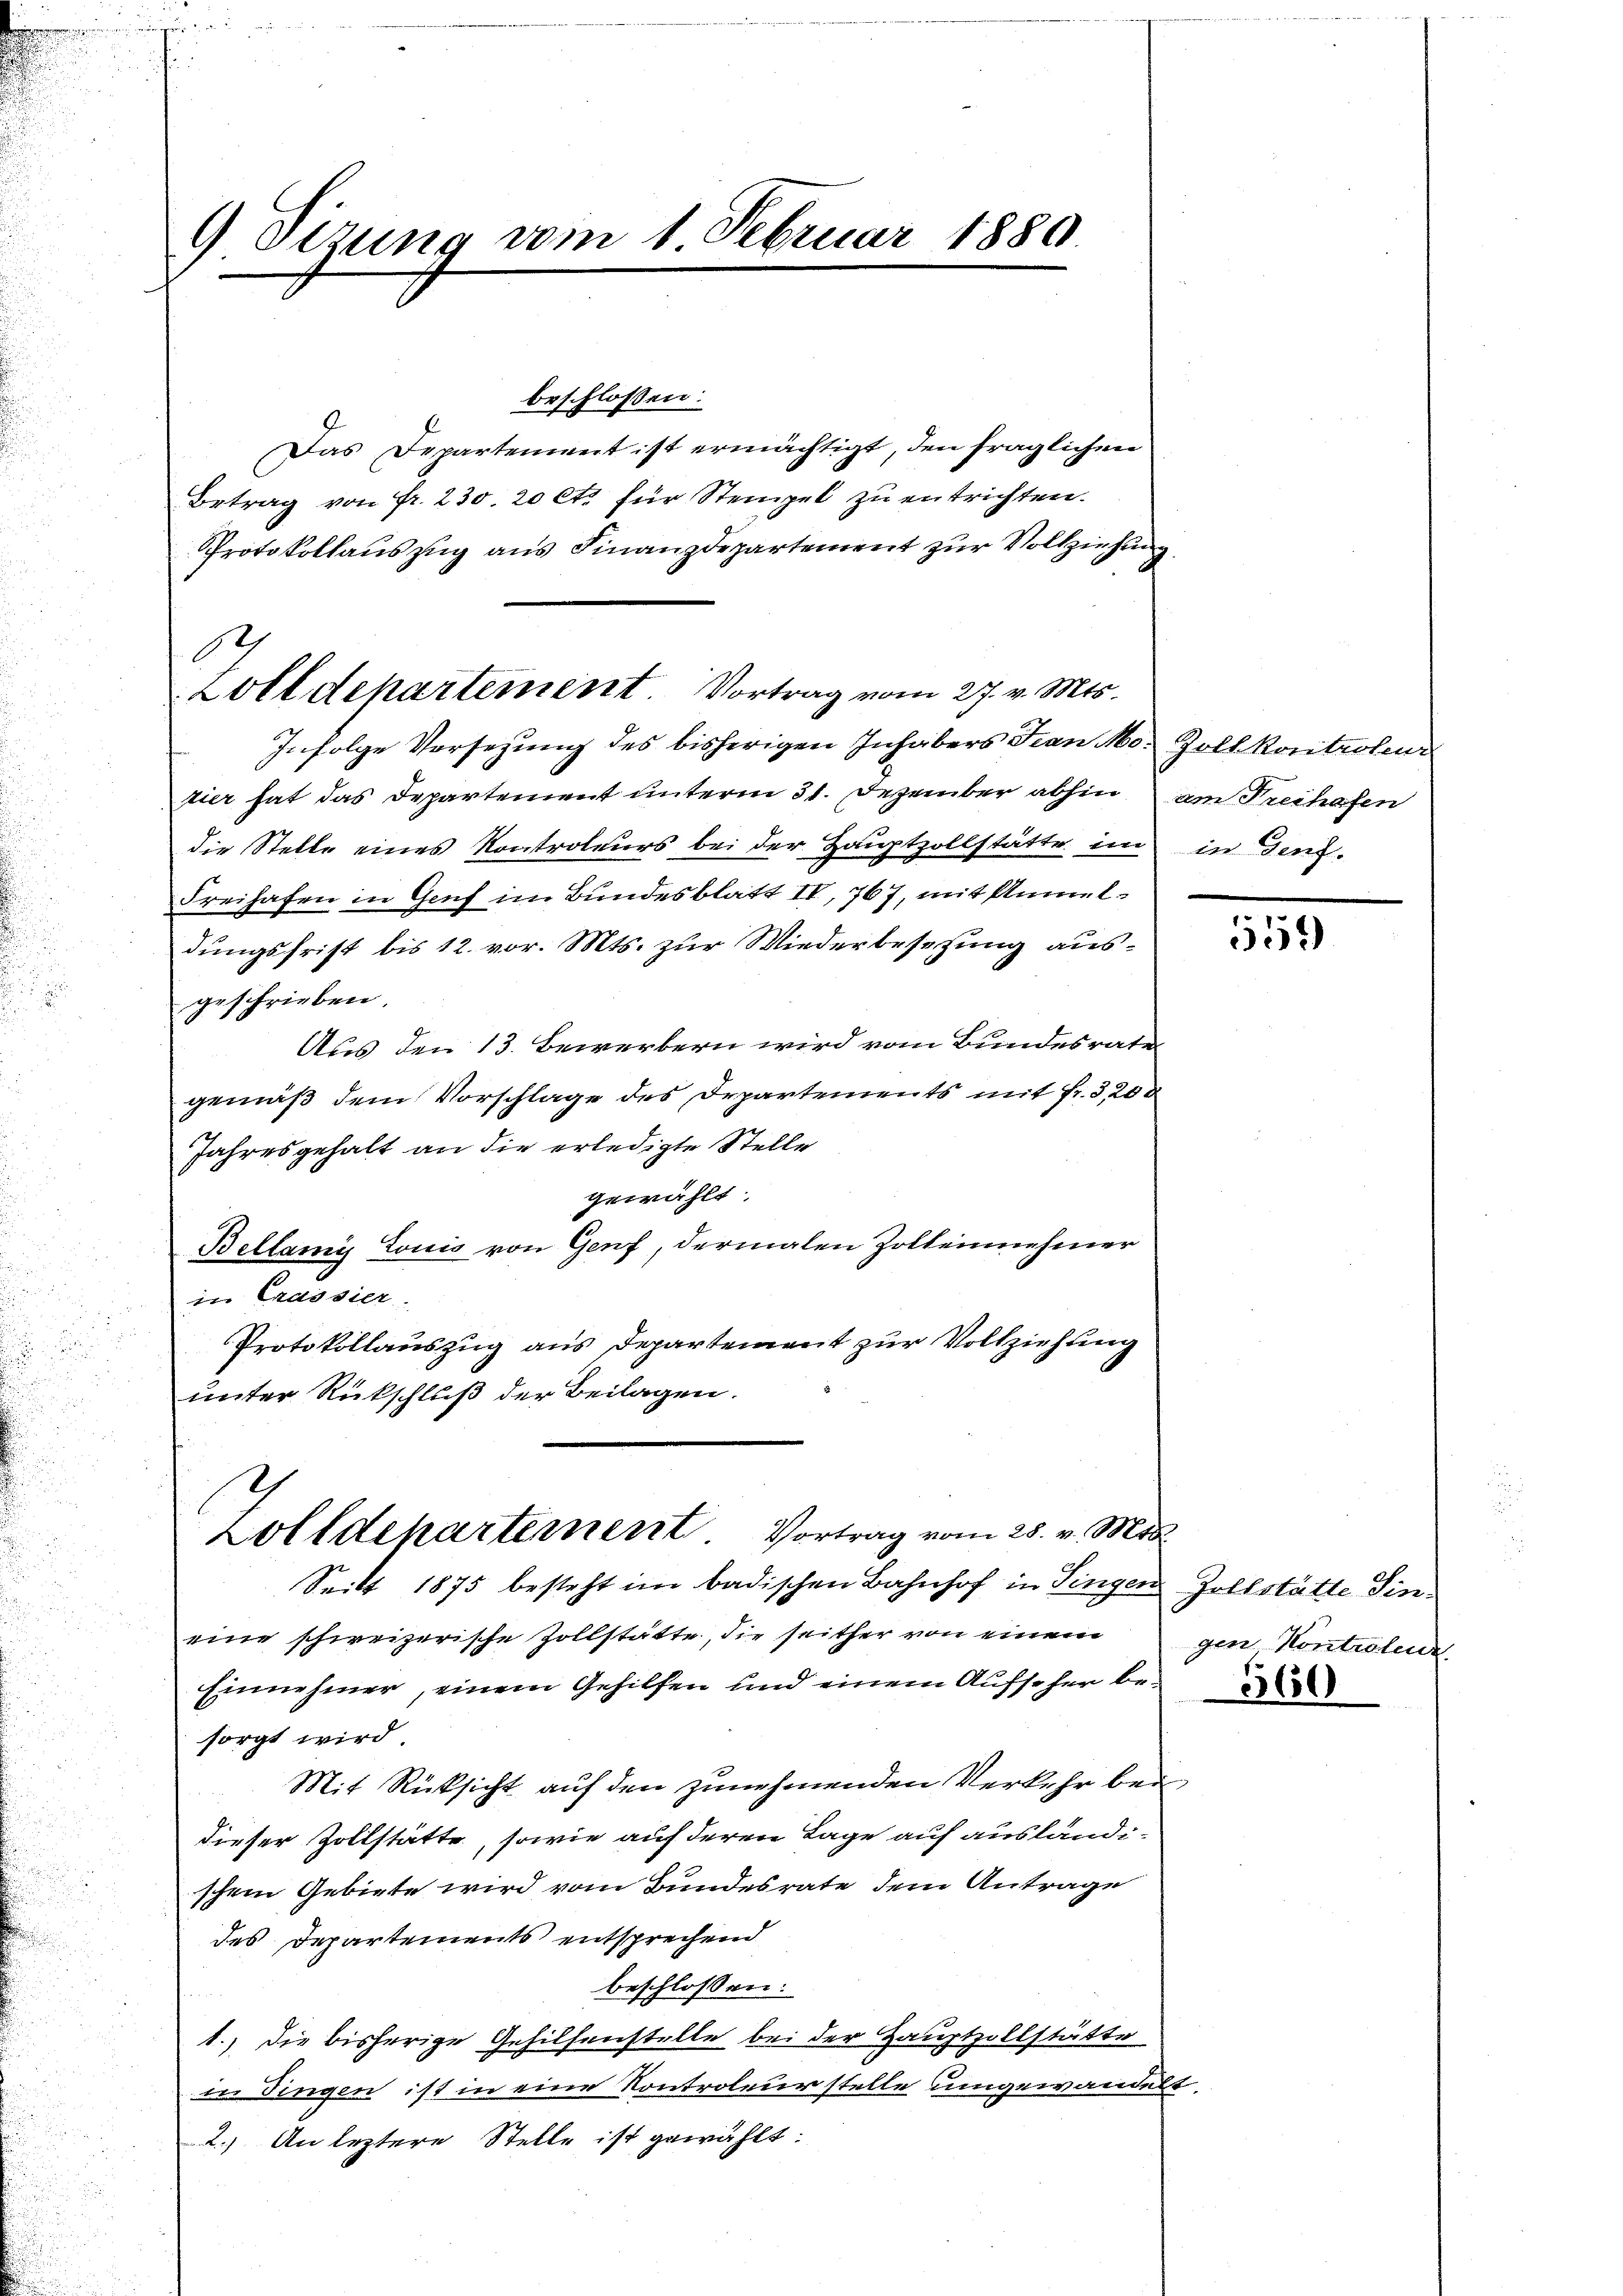
9 Sizung vom 1. Februar 1880

.
Zolldepartement Vortrag vom 27. v. Mts.

beschlossen:
Das Departement ist ermächtigt, den fraglichen
Betrag von fr. 230. 20 Ct. für Stempel zu entrichten.
Protokollauszug aus Finanzdepartement zur Vollziehung
Infolge Vorsezung des bisherigen Inhabers Frau Mo. Zoll kontroleur
fier hat das Departement unterm 31. Dezember abhin
die Stelle eines Kontroleurs bei der Hauptzollstätte im in Genf¬
Freihafen in Genf im Bundesblatt IV 767, mit Anmeldungsfrist bis 12. vor. Mts. zur Wiederbesetzung ausgeschrieben.
Aus den 13. Bewerbern wird vom Bundesrate
gemäß dem Vorschlage des Departements mit Fr. 320.
Jahresgehalt an die erledigte Stelle
gewählt.
Beltany Louis von Genf, dermalen Zollennehmer
in Crassier
Protokollauszug aus Departement zur Vollziehung
unter Rückschluß der Beilagen.

.
Zolldepartement Vortrag vom 28. v. Mts.
Seit 1875 besteht im badischen Bahnhof in Singen Zollstätte Sin¬

am Freihafen

eine schweizerische Zollstätte, die seither von einem
Einnehmer, einem Gehilfen und einem Aufseher besorgt wird
Mit Rücksicht auf den zunehmenden Verkehr bei
dieser Zollstätte, sowie auf deren Lage auf ausländi-
schem Gebiete wird vom Bundesrate dem Antrage
des Departements entsprechend
beschlossen:
1.) Die bisherige Gehilfenstelle bei der Hauptzollstätte
in Dingen ist in eine Kontroleur stelle umgewandelt
2.) An leztere Stelle ist gewählt:

335

gen Kontrolen.

360